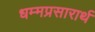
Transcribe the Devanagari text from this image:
धम्मप्रसारार्थ